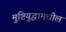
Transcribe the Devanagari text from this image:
मुष्टियुद्धामधील